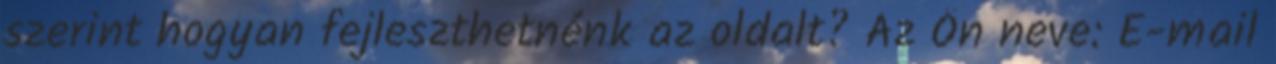
szerint hogyan fejleszthetnénk az oldalt? Az Ön neve: E-mail